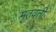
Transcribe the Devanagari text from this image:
मृतवती